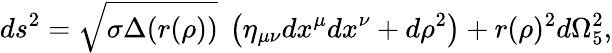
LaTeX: ds^{2}=\sqrt{\sigma\Delta(r(\rho))}~\left(\eta_{\mu\nu}dx^{\mu}dx^{\nu}+d\rho^{2}\right)+r(\rho)^{2}d\Omega_{5}^{2},